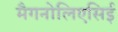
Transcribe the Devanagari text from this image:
मैगनोलिएसिई